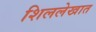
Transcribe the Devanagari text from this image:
शिललेखात